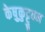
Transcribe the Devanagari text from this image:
केष़ुकुट्टुवन